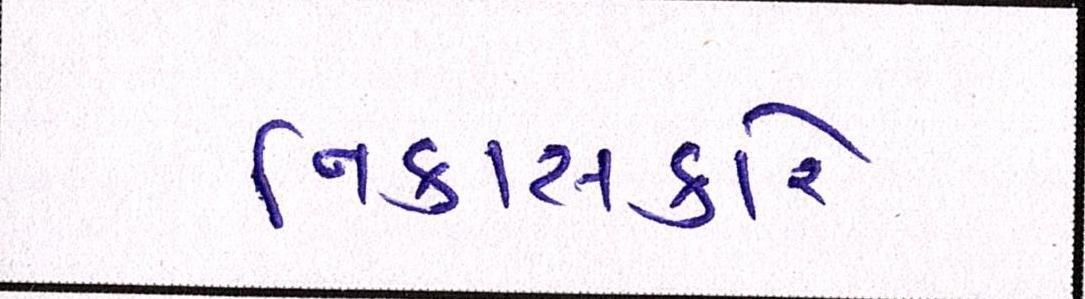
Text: નિકાસકારે